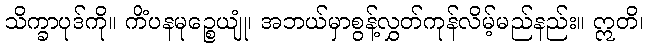
သိက္ခာပုဒ်ကို။ ကိံပနမုဉ္စေယျုံ၊ အဘယ်မှာစွန့်လွှတ်ကုန်လိမ့်မည်နည်း။ ဣတိ၊